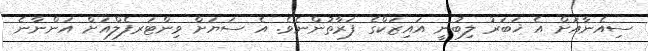
ސިއެނާއަށް އެ ޚަބަރު ލިބުނީ އައިޒަކްގެ ފަރާތުންނެވެ. އެ ސަޔަށް ވިންޓަރފެލްއަށް އަންނާނެ